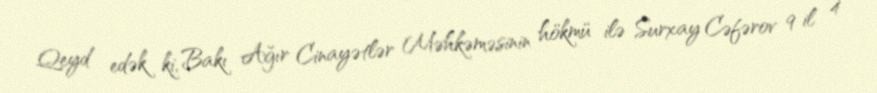
Qeyd edək ki, Bakı Ağır Cinayətlər Məhkəməsinin hökmü ilə Surxay Cəfərov 9 il 4